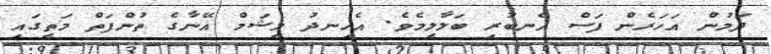
ދަމުން އަހަރެން ފަސް އެނބުރި ބަލާލީމެވެ. އެހިނދު މީޝަމް އޭނާގެ ތުންފަތް މަތީގައި